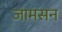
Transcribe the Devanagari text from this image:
जामसन